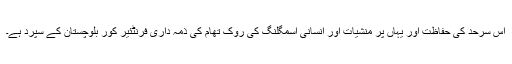
اس سرحد کی حفاظت اور یہاں پر منشیات اور انسانی اسمگلنگ کی روک تھام کی ذمہ داری فرنٹئیر کور بلوچستان کے سپرد ہے۔